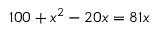
1 0 0 + x ^ { 2 } - 2 0 x = 8 1 x